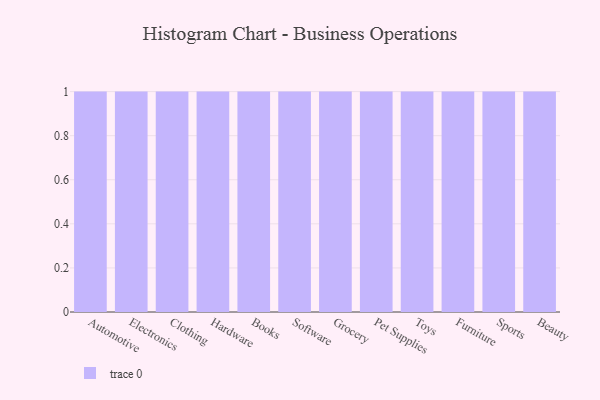
{"axis": {"x": "Category", "y": "Temperature (°C)"}, "legend": [""], "data": [{"x": "Automotive", "y": 57, "type": ""}, {"x": "Electronics", "y": 1, "type": ""}, {"x": "Clothing", "y": 2, "type": ""}, {"x": "Hardware", "y": 66, "type": ""}, {"x": "Books", "y": 35, "type": ""}, {"x": "Software", "y": 87, "type": ""}, {"x": "Grocery", "y": 31, "type": ""}, {"x": "Pet Supplies", "y": 86, "type": ""}, {"x": "Toys", "y": 17, "type": ""}, {"x": "Furniture", "y": 86, "type": ""}, {"x": "Sports", "y": 83, "type": ""}, {"x": "Beauty", "y": 91, "type": ""}]}